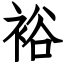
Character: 裕